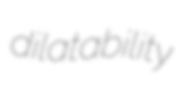
dilatability